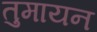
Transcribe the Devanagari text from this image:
तुमायन